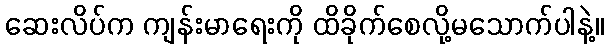
ဆေးလိပ်က ကျန်းမာရေးကို ထိခိုက်စေလို့မသောက်ပါနဲ့။